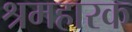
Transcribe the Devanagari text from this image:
श्रमहारक